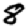
Digit: 8